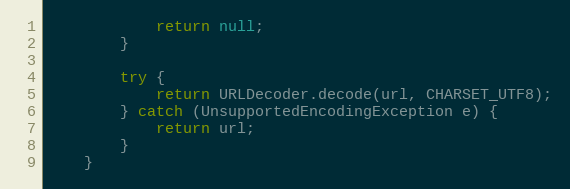
Language: Java
            return null;
        }

        try {
            return URLDecoder.decode(url, CHARSET_UTF8);
        } catch (UnsupportedEncodingException e) {
            return url;
        }
    }